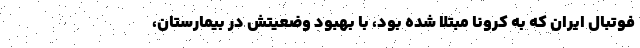
فوتبال ایران که به کرونا مبتلا شده بود، با بهبود وضعیتش در بیمارستان،